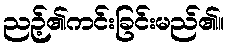
ညဉ့်၏ကင်းခြင်းမည်၏။